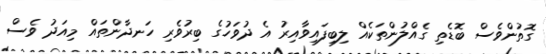
ގޮތުންވެސް ބޮޑެތި ގެއްލުންތަކެއް ލިބިފައިވާއިރު އެ ދުވަހުގެ ބިރުވެރި ހަނދާންތައް މިއަދު ވެސް